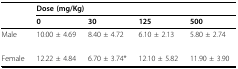
<table><thead><tr><td></td><td colspan="4"><b>Dose (mg/Kg)</b></td></tr><tr><td></td><td><b>0</b></td><td><b>30</b></td><td><b>125</b></td><td><b>500</b></td></tr></thead><tbody><tr><td>Male</td><td>10.00 ± 4.69</td><td>8.40 ± 4.72</td><td>6.10 ± 2.13</td><td>5.80 ± 2.74</td></tr><tr><td>Female</td><td>12.22 ± 4.84</td><td>6.70 ± 3.74*</td><td>12.10 ± 5.82</td><td>11.90 ± 3.90</td></tr></tbody></table>